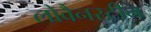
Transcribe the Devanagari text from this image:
लोवैनस्टीन